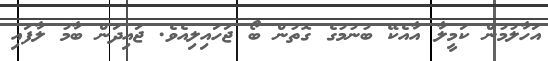
އަހާލުމުން ކަމީލާ އާއެކޭ ބުނުމުގެ ގޮތުން ބޯ ޖަހައިލިއެވެ. ޖައިދަން ބާމު ލާފައި